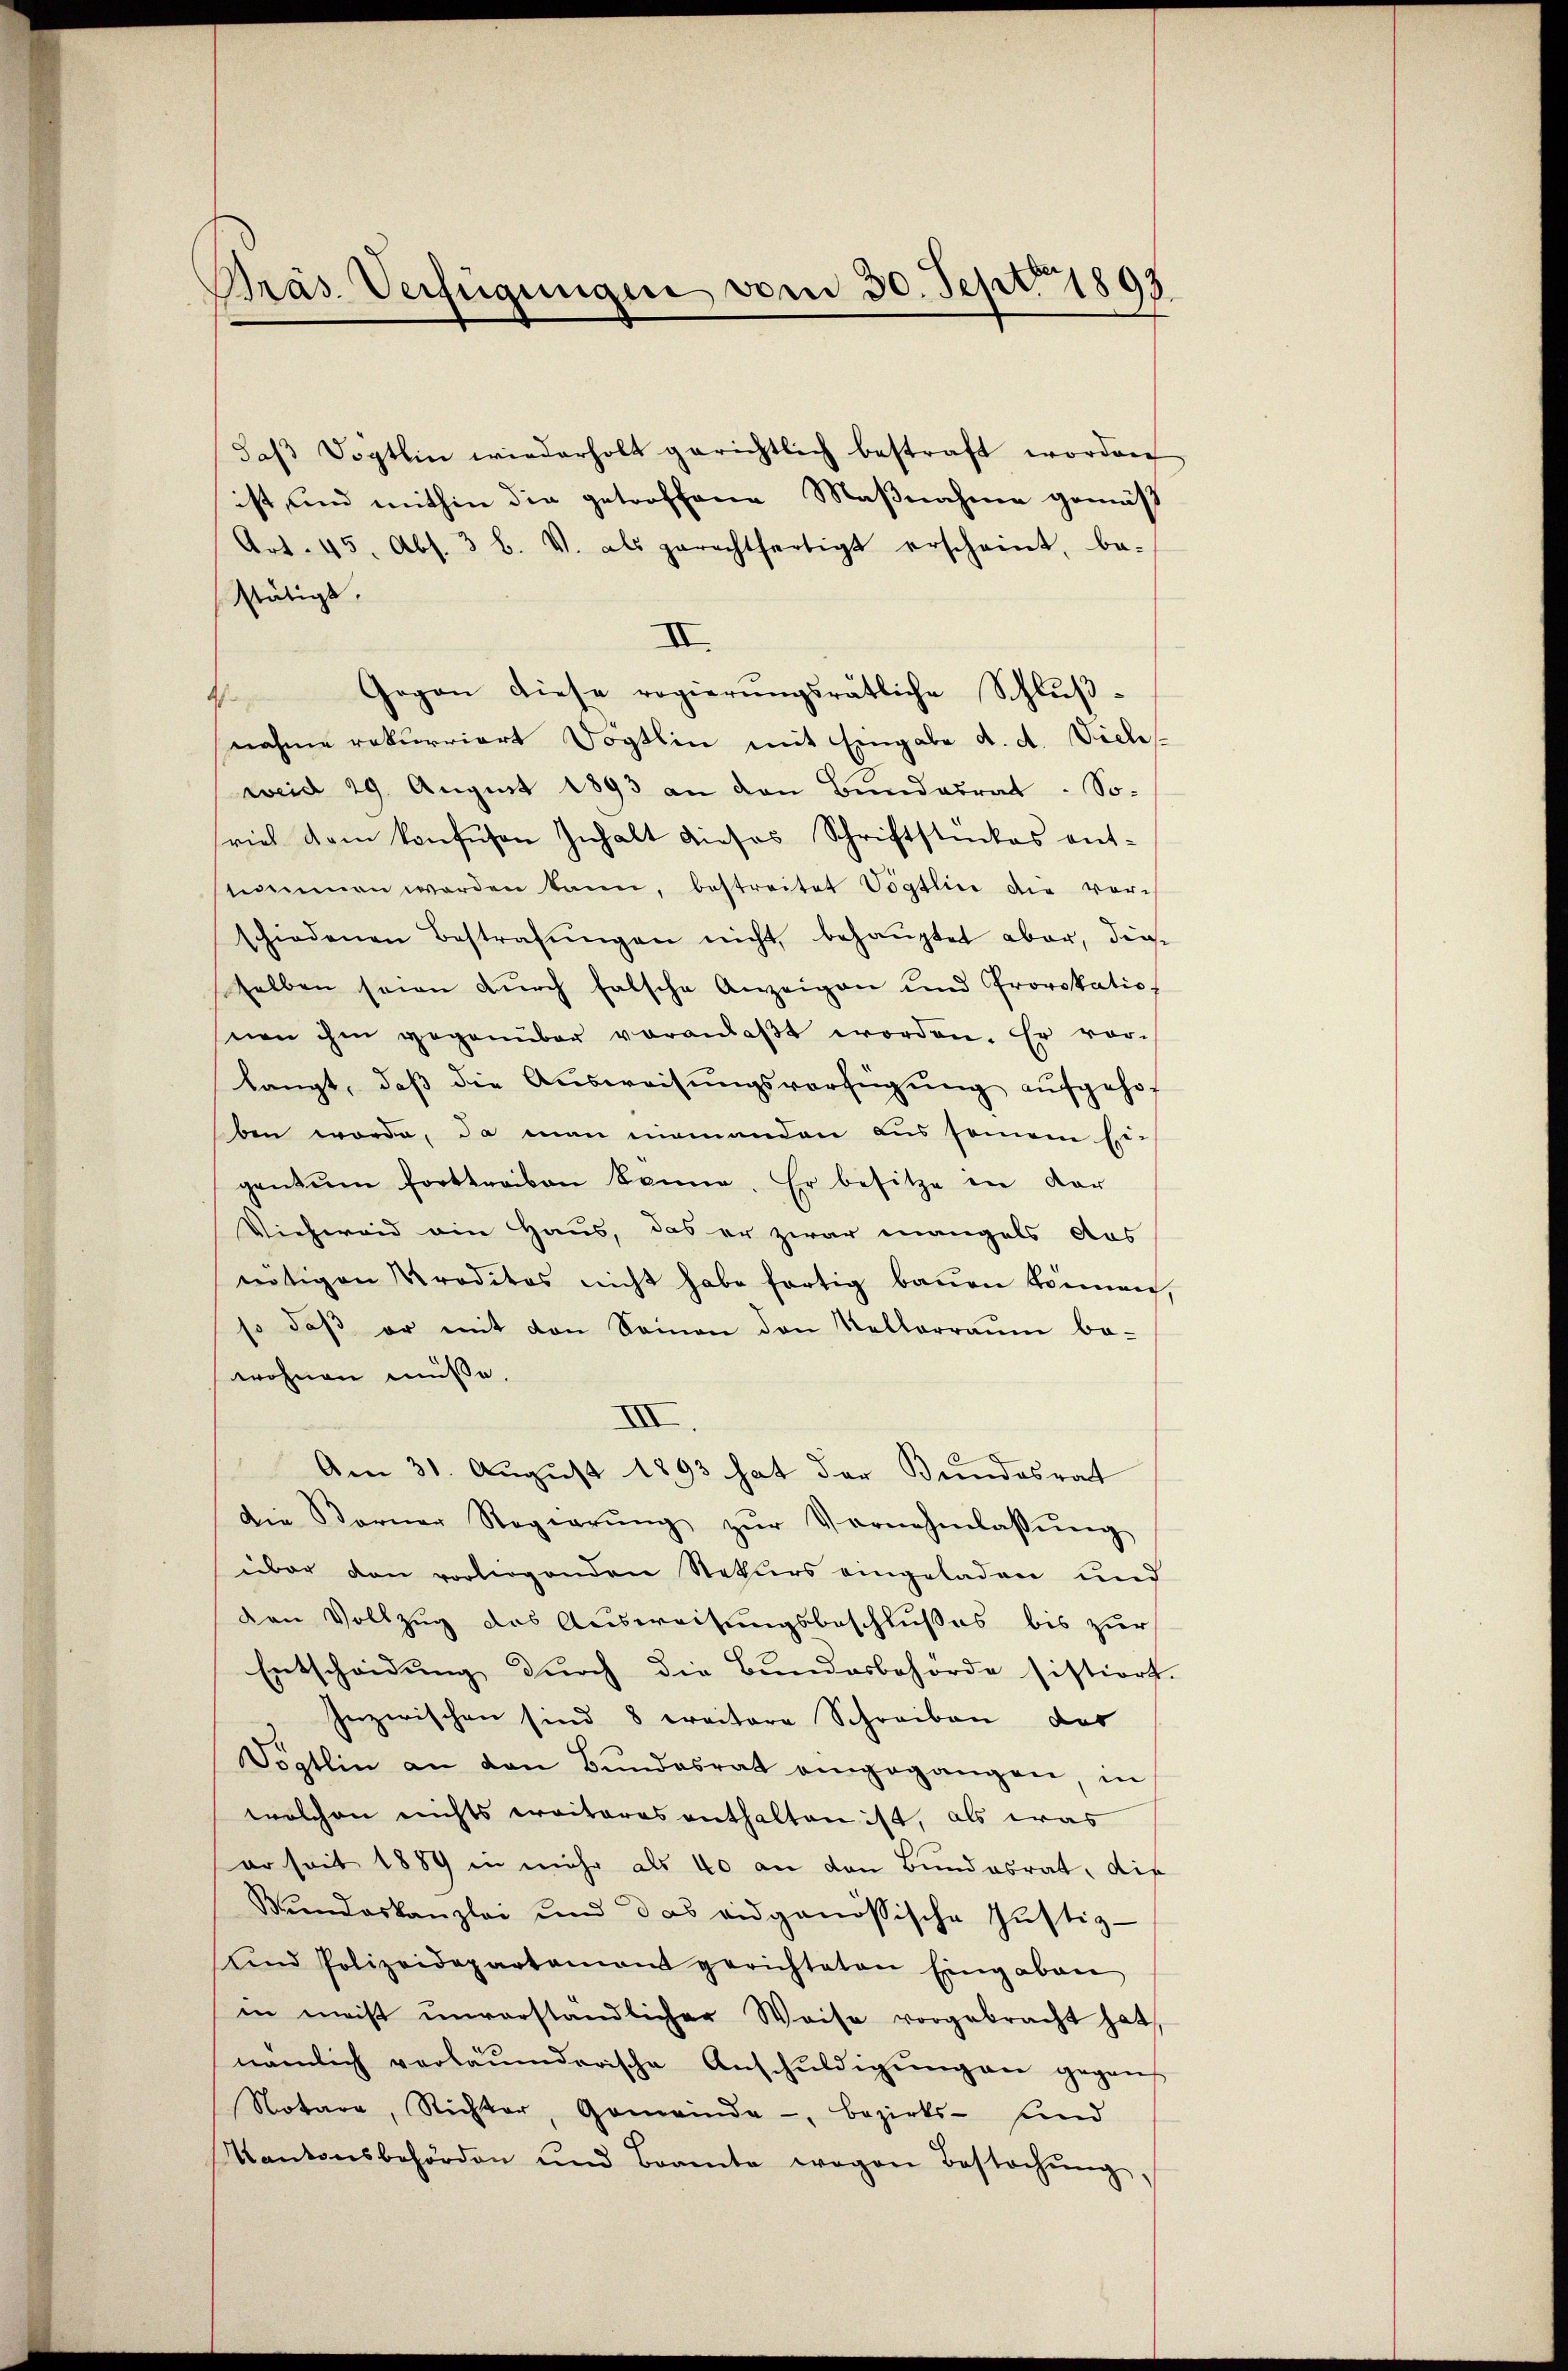
Präs. Verfügungen vom 30. Sept. 1893

daβ Vögtlin wiederholt gerichtlich bestraft worden
ist, und mithin die getroffene Maßnahme gemäß
Art. 45, Abs. 3 b. V. als gerechtfertigt erscheint, be-
stätigt.
III.
Gegen diese regierŭngsrätliche Schlŭβ-
4
nahme rekurriert Vogtlin mit Eingabe d. d. Viele
weid 29. August 1893 an den Bundesrat. So-
viel dem konfusen Inhalt dieses Schriftstückes ent-
timmen werden kann, bestreitet Vögtlin die vorschiedenen Bestrafŭngen nicht behauptet aber, die-
selben seien dŭrch falsche Anzeigen und Provokatio
nen ihm gegenüber veranlaβt worden. Er vor-
langt, daβ die Aŭsweisŭngsverfügŭng aŭfgehoben worde, da man niemanden aus seinem Heis
genzŭm forttraben könne. Er besitze in dar
Viehweid ain Haus, das er zwar mangels das
nötigen Kreditos nicht habe fortig baŭen können,
so daβ er mit den Seinen den Kellerraŭm be-
wohnen müsse.
VIII.
Am 31. August 1893 hat der Bundesrat
Die Korner Regierŭng zŭr Vornehmlassŭng
über den vorliegenden Rekurs eingeladen und
den Vollzug des Ausweisungsbeschlußes bis zur
Entscheidung durch die Bundesbehörde sistiert
Inzwischen sind 8 erritore Schreiben das
Vögtlin an den Bundesrat eingegangen, in
welchen nichts ereiteres enthalten ist, als was
er seit 1889 in mehr als 40 an den Bundesrat, die
Bŭndeskanzlei und das eidgenössische Justiz-
ŭnd Polizeidepartament gerichteten Eingaben
in meist unverständlicher Weise vorgebracht hat
nämlich verbaŭmderische Anschŭldigŭng an gegen
Notare, Richter, Gemeinde-, Bezirks- und
Kantonsbehörden und Beamte wegen Bestochŭng